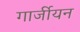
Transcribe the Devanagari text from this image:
गार्जीयन